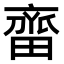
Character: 𬹲